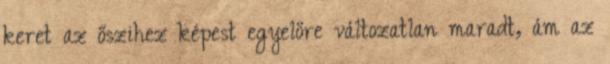
keret az őszihez képest egyelőre változatlan maradt, ám az